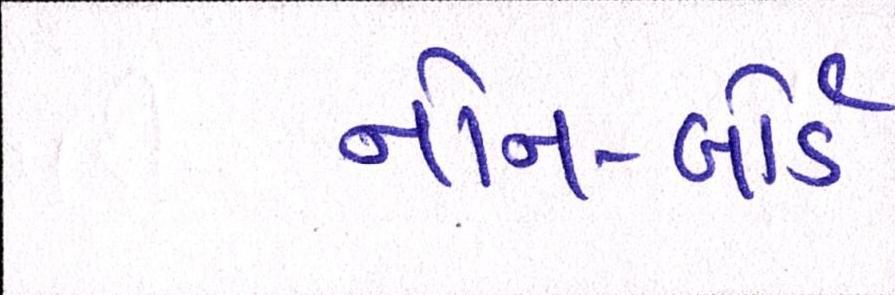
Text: નોન-બોર્ડ